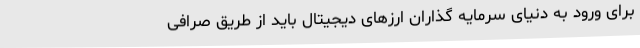
برای ورود به دنیای سرمایه گذاران ارزهای دیجیتال باید از طریق صرافی